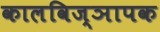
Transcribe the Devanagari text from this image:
कालविज्ञापक